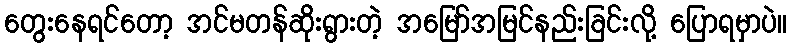
တွေးနေရင်တော့ အင်မတန်ဆိုးရွားတဲ့ အမြော်အမြင်နည်းခြင်းလို့ ပြောရမှာပဲ။